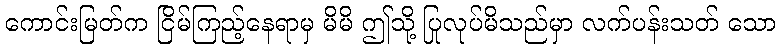
ကောင်းမြတ်က ငြိမ်ကြည့်နေရာမှ မိမိ ဤသို့ ပြုလုပ်မိသည်မှာ လက်ပန်းသတ် သော